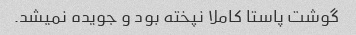
گوشت پاستا کاملا نپخته بود و جویده نمیشد.